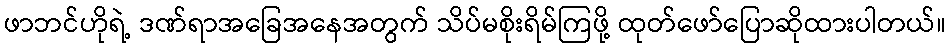
ဖာဘင်ဟိုရဲ့ ဒဏ်ရာအခြေအနေအတွက် သိပ်မစိုးရိမ်ကြဖို့ ထုတ်ဖော်ပြောဆိုထားပါတယ်။